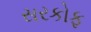
સરકોફ